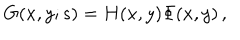
G ( x , y ; s ) = H ( x , y ) \Phi ( x , y ) \, ,